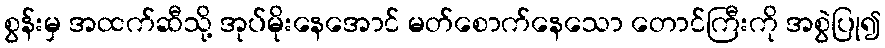
စွန်းမှ အထက်ဆီသို့ အုပ်မိုးနေအောင် မတ်စောက်နေသော တောင်ကြီးကို အစွဲပြု၍